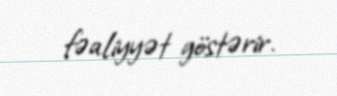
fəaliyyət göstərir.